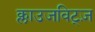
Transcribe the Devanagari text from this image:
क्लाउजविट्ज़